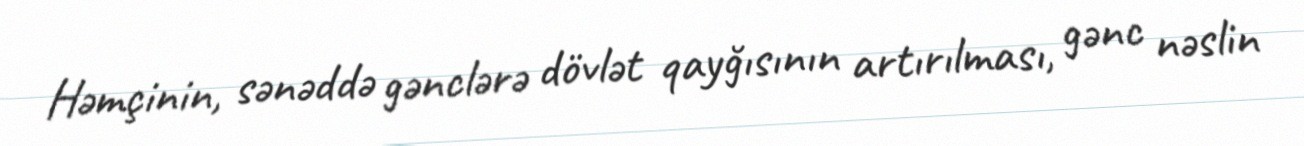
Həmçinin, sənəddə gənclərə dövlət qayğısının artırılması, gənc nəslin